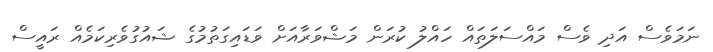
ނަމަވެސް އަދި ވެސް މައްސަލަތައް ހައްލު ކުރަން މަޝްވަރާއަށް ވަޑައިގަތުމުގެ ޝައުގުވެރިކަމެއް ރައީސް